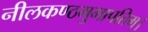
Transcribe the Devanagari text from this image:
नीलकण्ठमुमापतिम्।